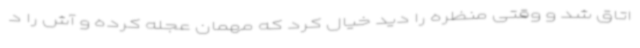
اتاق شد و وقتی منظره را دید خیال کرد که مهمان عجله کرده و آش را د